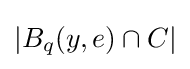
|B_{q}(y,e)\cap C|